Lunatic asylums Burma 1907-21 - 1907-1921
Year: 1907
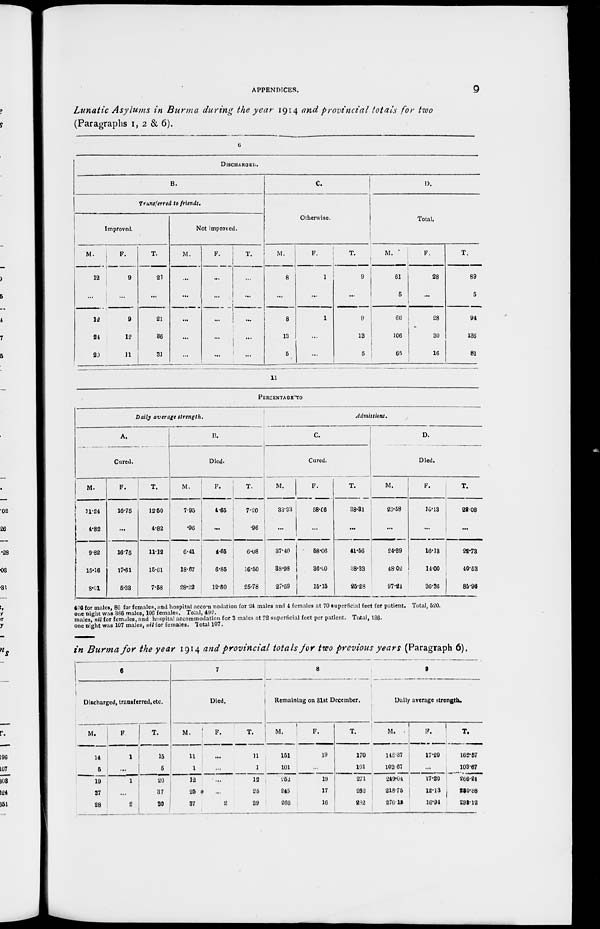
APPENDICES.
9
Lunatic Asylums in Burma during the year 1914 and provincial totals for two
(Paragraphs 1, 2 & 6).
6
DISCHARGED.
B.
Transferred to friends.
Improved.
M.
12
...
12
24
20
F.
9
...
9
12
11
T.
21
...
21
36
31
Not improved.
M.
...
...
...
...
...
F.
...
...
...
...
...
T.
...
...
...
...
...
C.
Otherwise.
M.
8
...
8
13
5
F.
1
...
1
...
...
T.
9
...
9
13
5
D.
Total.
M.
61
5
66
106
65
F.
28
...
28
30
16
T.
89
5
94
136
81
11
PERCENTAGE TO
Daily average strength.
A.
Cured.
M.
11.24
4.82
9.82
15.16
3.01
F.
16.75
...
16.75
17.61
5.38
T.
12.50
4.82
11.12
15.61
7.58
B.
Died.
M.
7.95
.96
6.41
18.67
28.22
F.
4.65
...
4.65
6.85
12.80
T.
7.20
.96
6.08
16.50
25.78
Admissions.
C.
Cured.
M.
33.33
...
37.40
38.98
27.59
F.
58.06
...
58.06
36.60
15.15
T.
38.31
...
41.56
38.33
25.28
D.
Died.
M.
23.58
...
24.39
48.02
97.24
F.
16.13
...
16.13
14.00
36.36
T.
28.08
...
22.73
40.53
85.96
406 for males, 86 for females, and hospital accommodation for 24 males and 4 females at 70 superficial feet for patient. Total, 520.
one night was 386 males, 106 females. Total, 492.
males, nil for females, and hospital accommodation for 3 males at 72 superficial feet per patient. Total, 136.
one night was 107 males, nil for females. Total 107.
in Burma for the year 1914 and provincial totals for two previous years (Paragraph 6).
6
Discharged, transferred, etc.
M.
14
5
19
37
28
F.
1
...
1
...
2
T.
15
5
20
37
30
7
Died.
M.
11
1
12
25
37
F.
...
...
...
...
2
T.
11
1
12
25
39
8
Remaining on 31st December.
M.
151
101
252
245
266
F.
19
...
19
17
16
T.
170
101
271
262
282
9
Daily average strength.
M.
145.37
103.67
249.04
218.75
276.18
F.
17.20
...
17.20
12.13
16.94
T.
162.57
103.67
266.24
220.88
293.12